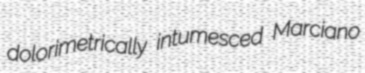
dolorimetrically intumesced Marciano